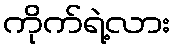
ကိုက်ရဲ့လား